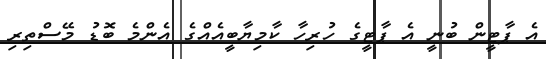
އެ ޕާޓީން ބުނީ އެ ޕާޓީގެ ހުރިހާ ކާމިޔާބީއެއްގެ އެންމެ ބޮޑު މޭސްތިރި